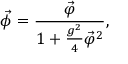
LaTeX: \vec { \phi } = \frac { \vec { \varphi } } { 1 + \frac { g ^ { 2 } } { 4 } { \vec { \varphi } } ^ { 2 } } ,